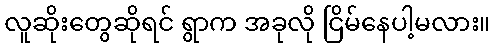
လူဆိုးတွေဆိုရင် ရွာက အခုလို ငြိမ်နေပါ့မလား။